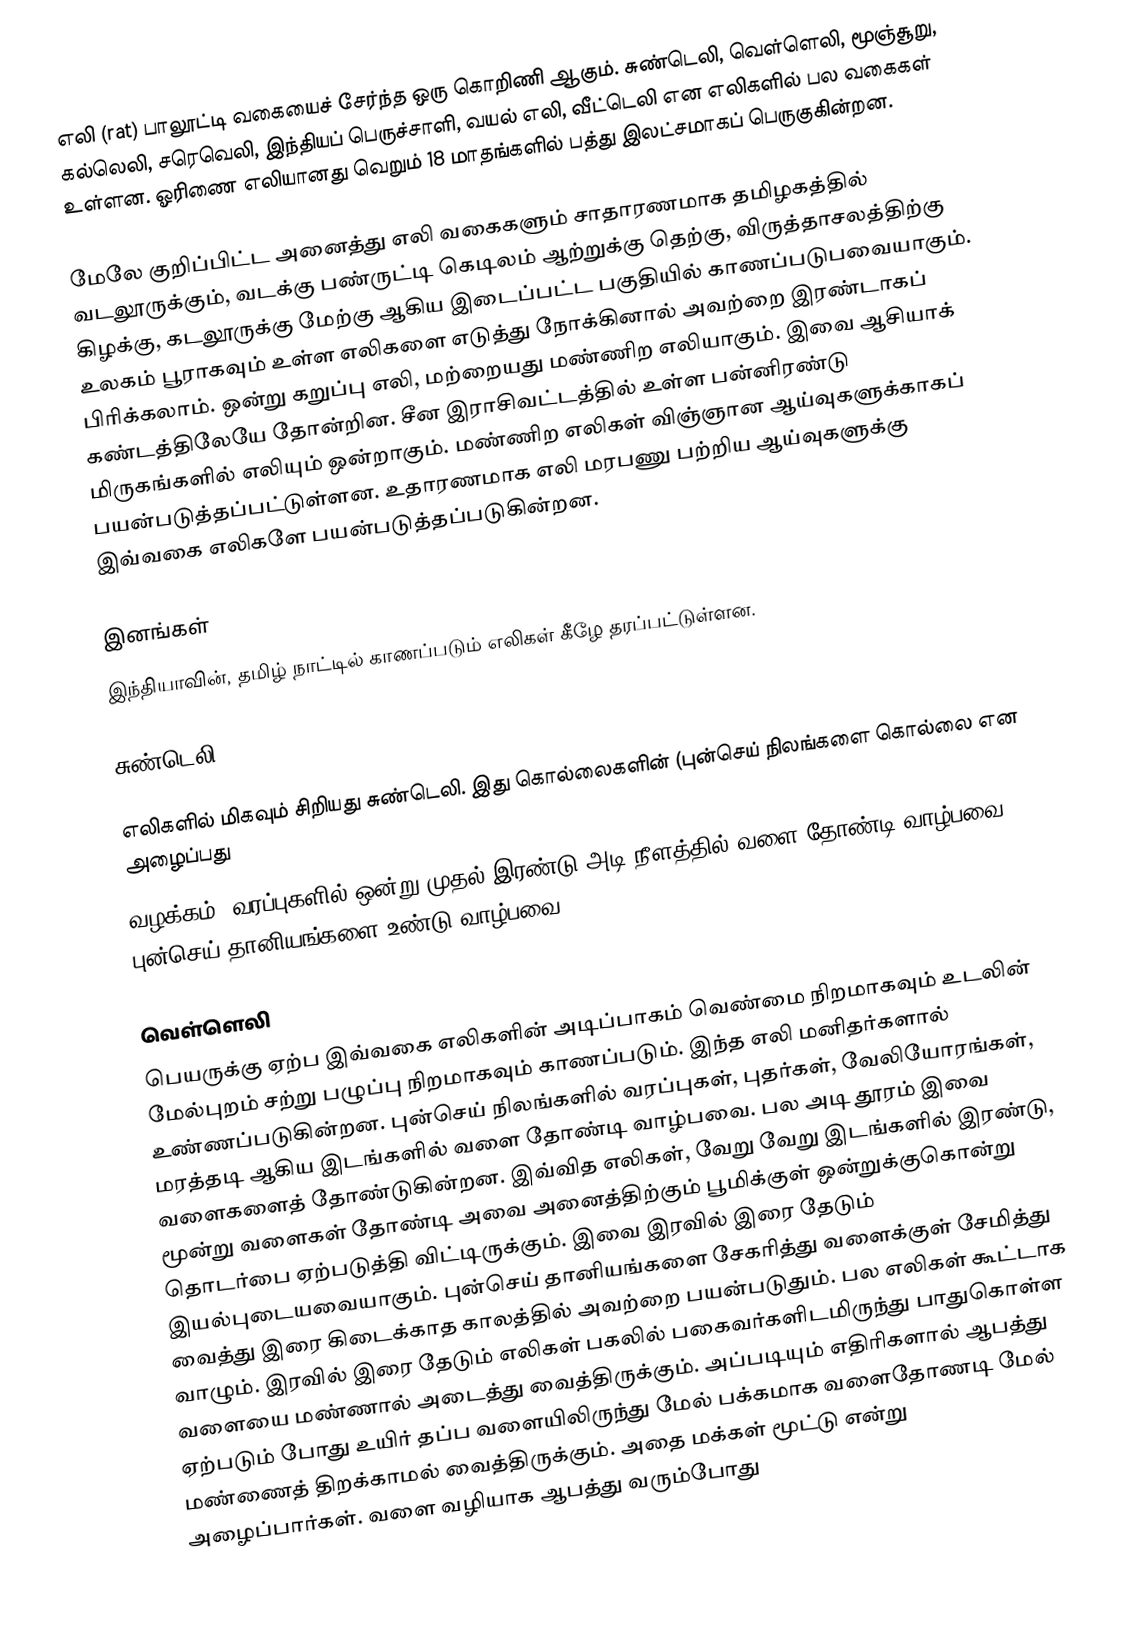
எலி (rat) பாலூட்டி வகையைச் சேர்ந்த ஒரு கொறிணி ஆகும். சுண்டெலி, வெள்ளெலி, மூஞ்சூறு, கல்லெலி, சரெவெலி, இந்தியப் பெருச்சாளி, வயல் எலி, வீட்டெலி என எலிகளில் பல வகைகள் உள்ளன. ஓரிணை எலியானது வெறும் 18 மாதங்களில் பத்து இலட்சமாகப் பெருகுகின்றன.

மேலே குறிப்பிட்ட அனைத்து எலி வகைகளும் சாதாரணமாக தமிழகத்தில் வடலூருக்கும், வடக்கு பண்ருட்டி கெடிலம் ஆற்றுக்கு தெற்கு, விருத்தாசலத்திற்கு கிழக்கு, கடலூருக்கு மேற்கு ஆகிய இடைப்பட்ட பகுதியில் காணப்படுபவையாகும். உலகம் பூராகவும் உள்ள எலிகளை எடுத்து நோக்கினால் அவற்றை இரண்டாகப் பிரிக்கலாம். ஒன்று கறுப்பு எலி, மற்றையது மண்ணிற எலியாகும். இவை ஆசியாக் கண்டத்திலேயே தோன்றின. சீன இராசிவட்டத்தில் உள்ள பன்னிரண்டு மிருகங்களில் எலியும் ஒன்றாகும். மண்ணிற எலிகள் விஞ்ஞான ஆய்வுகளுக்காகப் பயன்படுத்தப்பட்டுள்ளன. உதாரணமாக எலி மரபணு பற்றிய ஆய்வுகளுக்கு இவ்வகை எலிகளே பயன்படுத்தப்படுகின்றன.

இனங்கள்
இந்தியாவின், தமிழ் நாட்டில் காணப்படும் எலிகள் கீழே தரப்பட்டுள்ளன.

சுண்டெலி

எலிகளில் மிகவும் சிறியது சுண்டெலி. இது கொல்லைகளின் (புன்செய் நிலங்களை கொல்லை என அழைப்பது
வழக்கம்) வரப்புகளில் ஒன்று முதல் இரண்டு அடி நீளத்தில் வளை தோண்டி வாழ்பவை. புன்செய் தானியங்களை உண்டு வாழ்பவை.

வெள்ளெலி
பெயருக்கு ஏற்ப இவ்வகை எலிகளின் அடிப்பாகம் வெண்மை நிறமாகவும் உடலின் மேல்புறம் சற்று பழுப்பு நிறமாகவும் காணப்படும். இந்த எலி மனிதர்களால் உண்ணப்படுகின்றன. புன்செய் நிலங்களில் வரப்புகள், புதர்கள், வேலியோரங்கள், மரத்தடி ஆகிய இடங்களில் வளை தோண்டி வாழ்பவை. பல அடி தூரம் இவை வளைகளைத் தோண்டுகின்றன. இவ்வித எலிகள், வேறு வேறு இடங்களில் இரண்டு, மூன்று வளைகள் தோண்டி அவை அனைத்திற்கும் பூமிக்குள் ஒன்றுக்குகொன்று தொடர்பை ஏற்படுத்தி விட்டிருக்கும். இவை இரவில் இரை தேடும் இயல்புடையவையாகும். புன்செய் தானியங்களை சேகரித்து வளைக்குள் சேமித்து வைத்து இரை கிடைக்காத காலத்தில் அவற்றை பயன்படுதும். பல எலிகள் கூட்டாக வாழும். இரவில் இரை தேடும் எலிகள் பகலில் பகைவர்களிடமிருந்து பாதுகொள்ள வளையை மண்ணால் அடைத்து வைத்திருக்கும். அப்படியும் எதிரிகளால் ஆபத்து ஏற்படும் போது உயிர் தப்ப வளையிலிருந்து மேல் பக்கமாக வளைதோணடி மேல் மண்ணைத் திறக்காமல் வைத்திருக்கும். அதை மக்கள் மூட்டு என்று அழைப்பார்கள். வளை வழியாக ஆபத்து வரும்போது